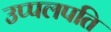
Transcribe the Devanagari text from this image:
उप्पलपति